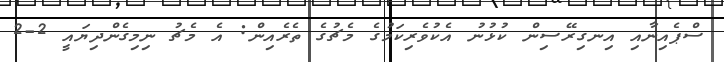
ސްޕެއިނާއި އިނގިރޭސިން ކުޅުނު އެކުވެރިކަމުގެ މެޗުގެ ތެރެއިން: އެ މެޗު ނިމިގެންދިޔައީ 2-2